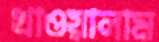
খাওয়ালাম